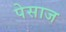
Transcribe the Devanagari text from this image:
पेसाज